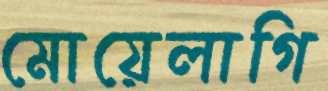
মোয়েলাগি